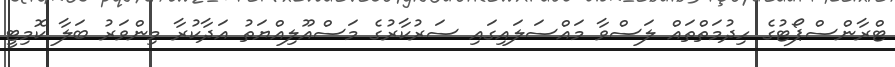
ޓްރާންސްޕޯޓުގެ ހިދުމަތްތައް ލަސްވާ މައްސަލައިގައި ސަރުކާރުގެ މަސްއޫލިއްޔަތު އަދާކުރާ މިންވަރު ބަލާ ކޮމިޓީ